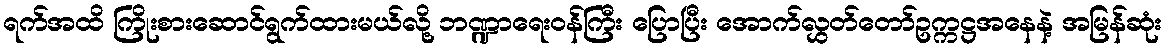
ရက်အထိ ကြိုးစားဆောင်ရွက်ထားမယ်လို့ ဘဏ္ဍာရေးဝန်ကြီး ပြောပြီး အောက်လွှတ်တော်ဥက္ကဋ္ဌအနေနဲ့ အမြန်ဆုံး